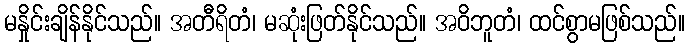
မနှိုင်းချိန်နိုင်သည်။ အတီရိတံ၊ မဆုံးဖြတ်နိုင်သည်။ အဝိဘူတံ၊ ထင်စွာမဖြစ်သည်။